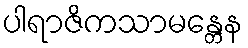
ပါရာဇိကသာမန္တေန